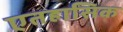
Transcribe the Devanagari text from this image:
एतहासिक